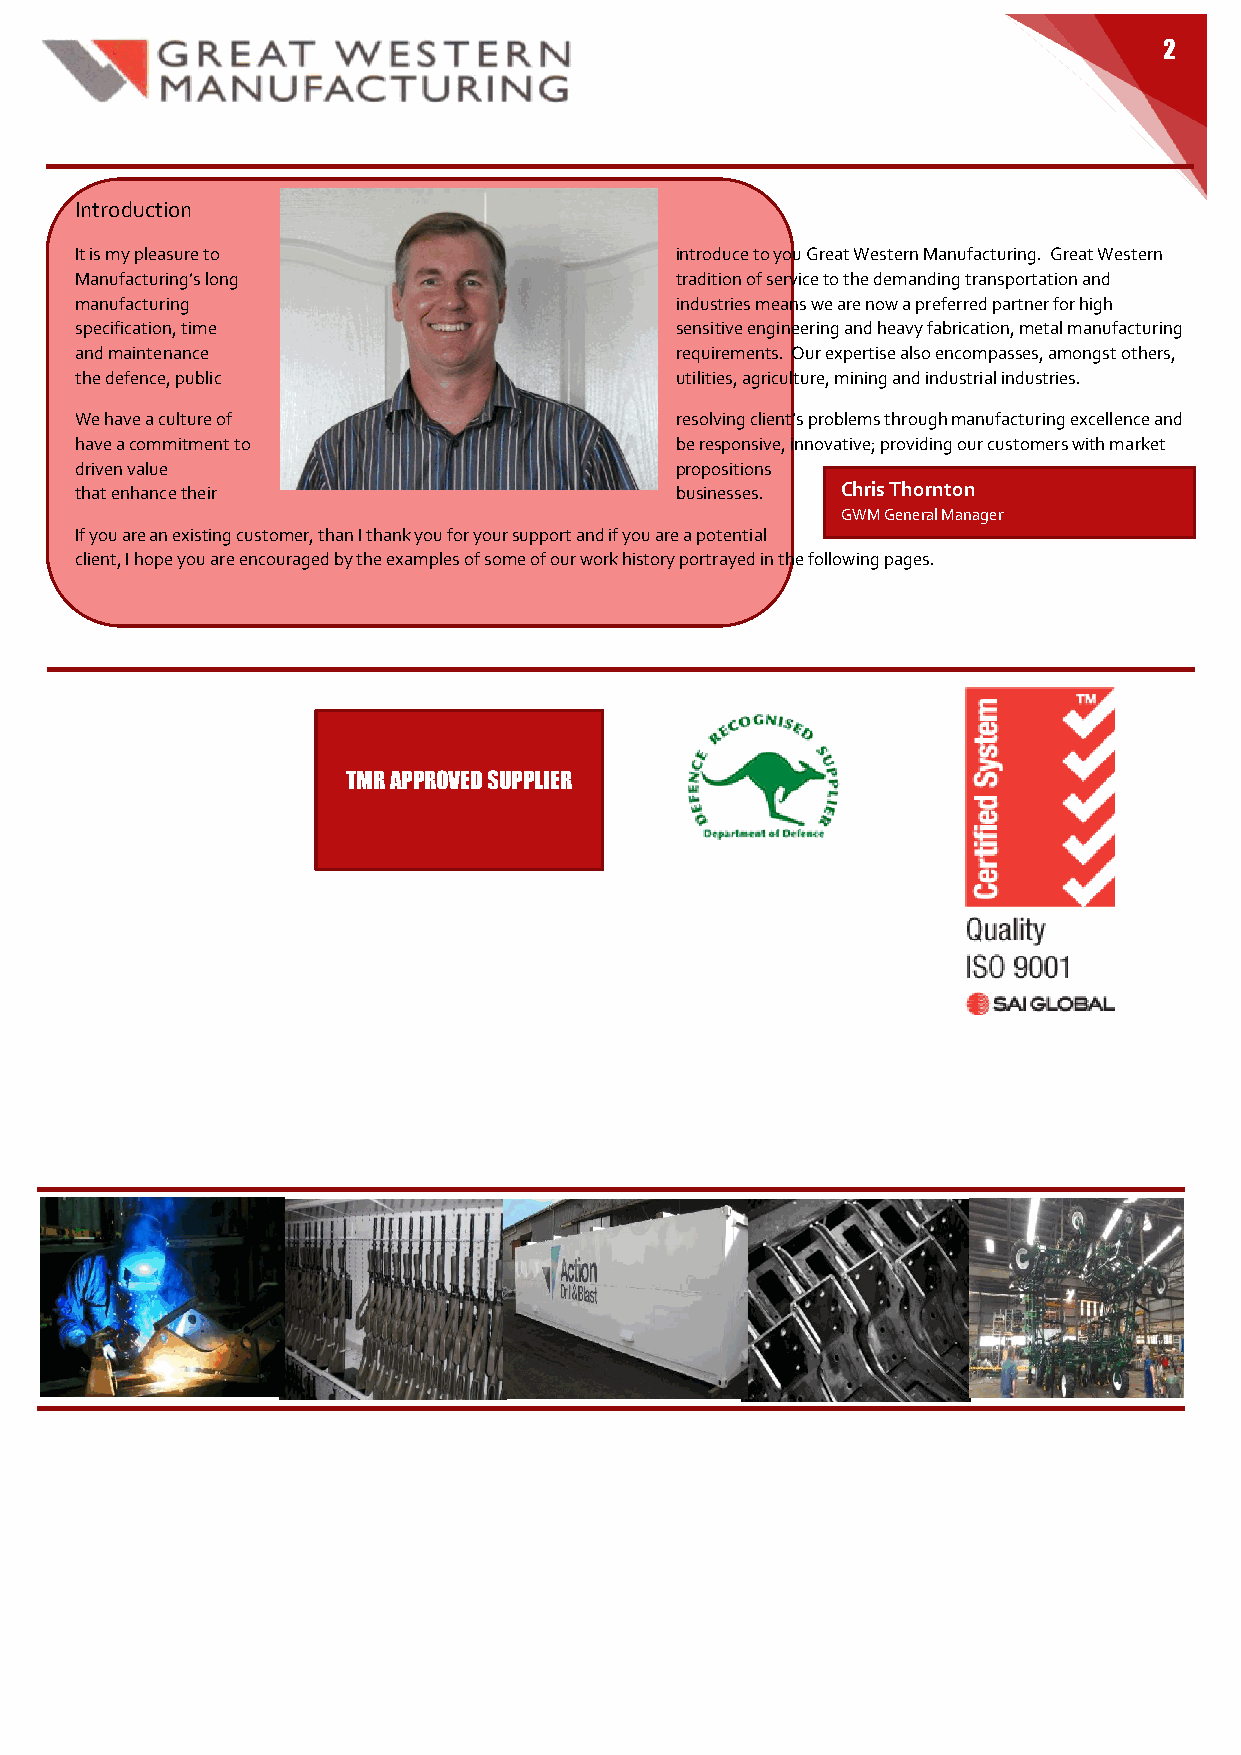
2
 Introduction
 It is my pleasure to                    introduce to you Great Western Manufacturing. Great Western
 Manufacturing’s long                    tradition of service to the demanding transportation and
 manufacturing                           industries means we are now a preferred partner for high
 specification, time                     sensitive engineering and heavy fabrication, metal manufacturing
 and maintenance                         requirements. Our expertise also encompasses, amongst others,
 the defence, public                     utilities, agriculture, mining and industrial industries.
 We have a culture of                    resolving client’s problems through manufacturing excellence and
 have a commitment to                    be responsive, innovative; providing our customers with market
 driven value                            propositions
 that enhance their                      businesses. Chris Thornton
 GWM General Manager
 If you are an existing customer, than I thank you for your support and if you are a potential
 client, I hope you are encouraged by the examples of some of our work history portrayed in the following pages.
 TMR APPROVED SUPPLIER